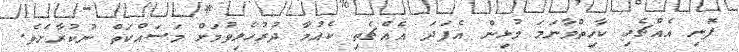
ފޮނި އެއްޗެހި ކާހިތްވާނަމަ މުޅިން އެފަދަ އެއްޗެތި ކެއުމާ ދުރުހެލިވުމަށް މަސައްކަތް ނުކުރާށެވެ.